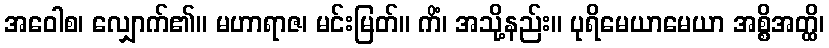
အဝေါစ၊ လျှောက်၏။ မဟာရာဇ၊ မင်းမြတ်။ ကိံ၊ အသို့နည်း။ ပုရိမေယာမေယာ အစ္စိအတ္ထိ၊